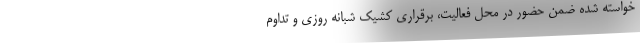
خواسته شده ضمن حضور در محل فعالیت، برقراری کشیک شبانه روزی و تداوم